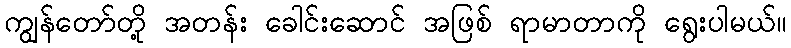
ကျွန်တော်တို့ အတန်း ခေါင်းဆောင် အဖြစ် ရာမာတာကို ရွေးပါမယ်။